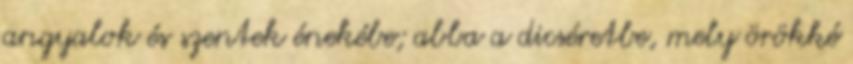
angyalok és szentek énekébe; abba a dicséretbe, mely örökké